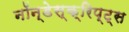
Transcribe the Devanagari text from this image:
नॉन्डेस्क्रिप्ट्स